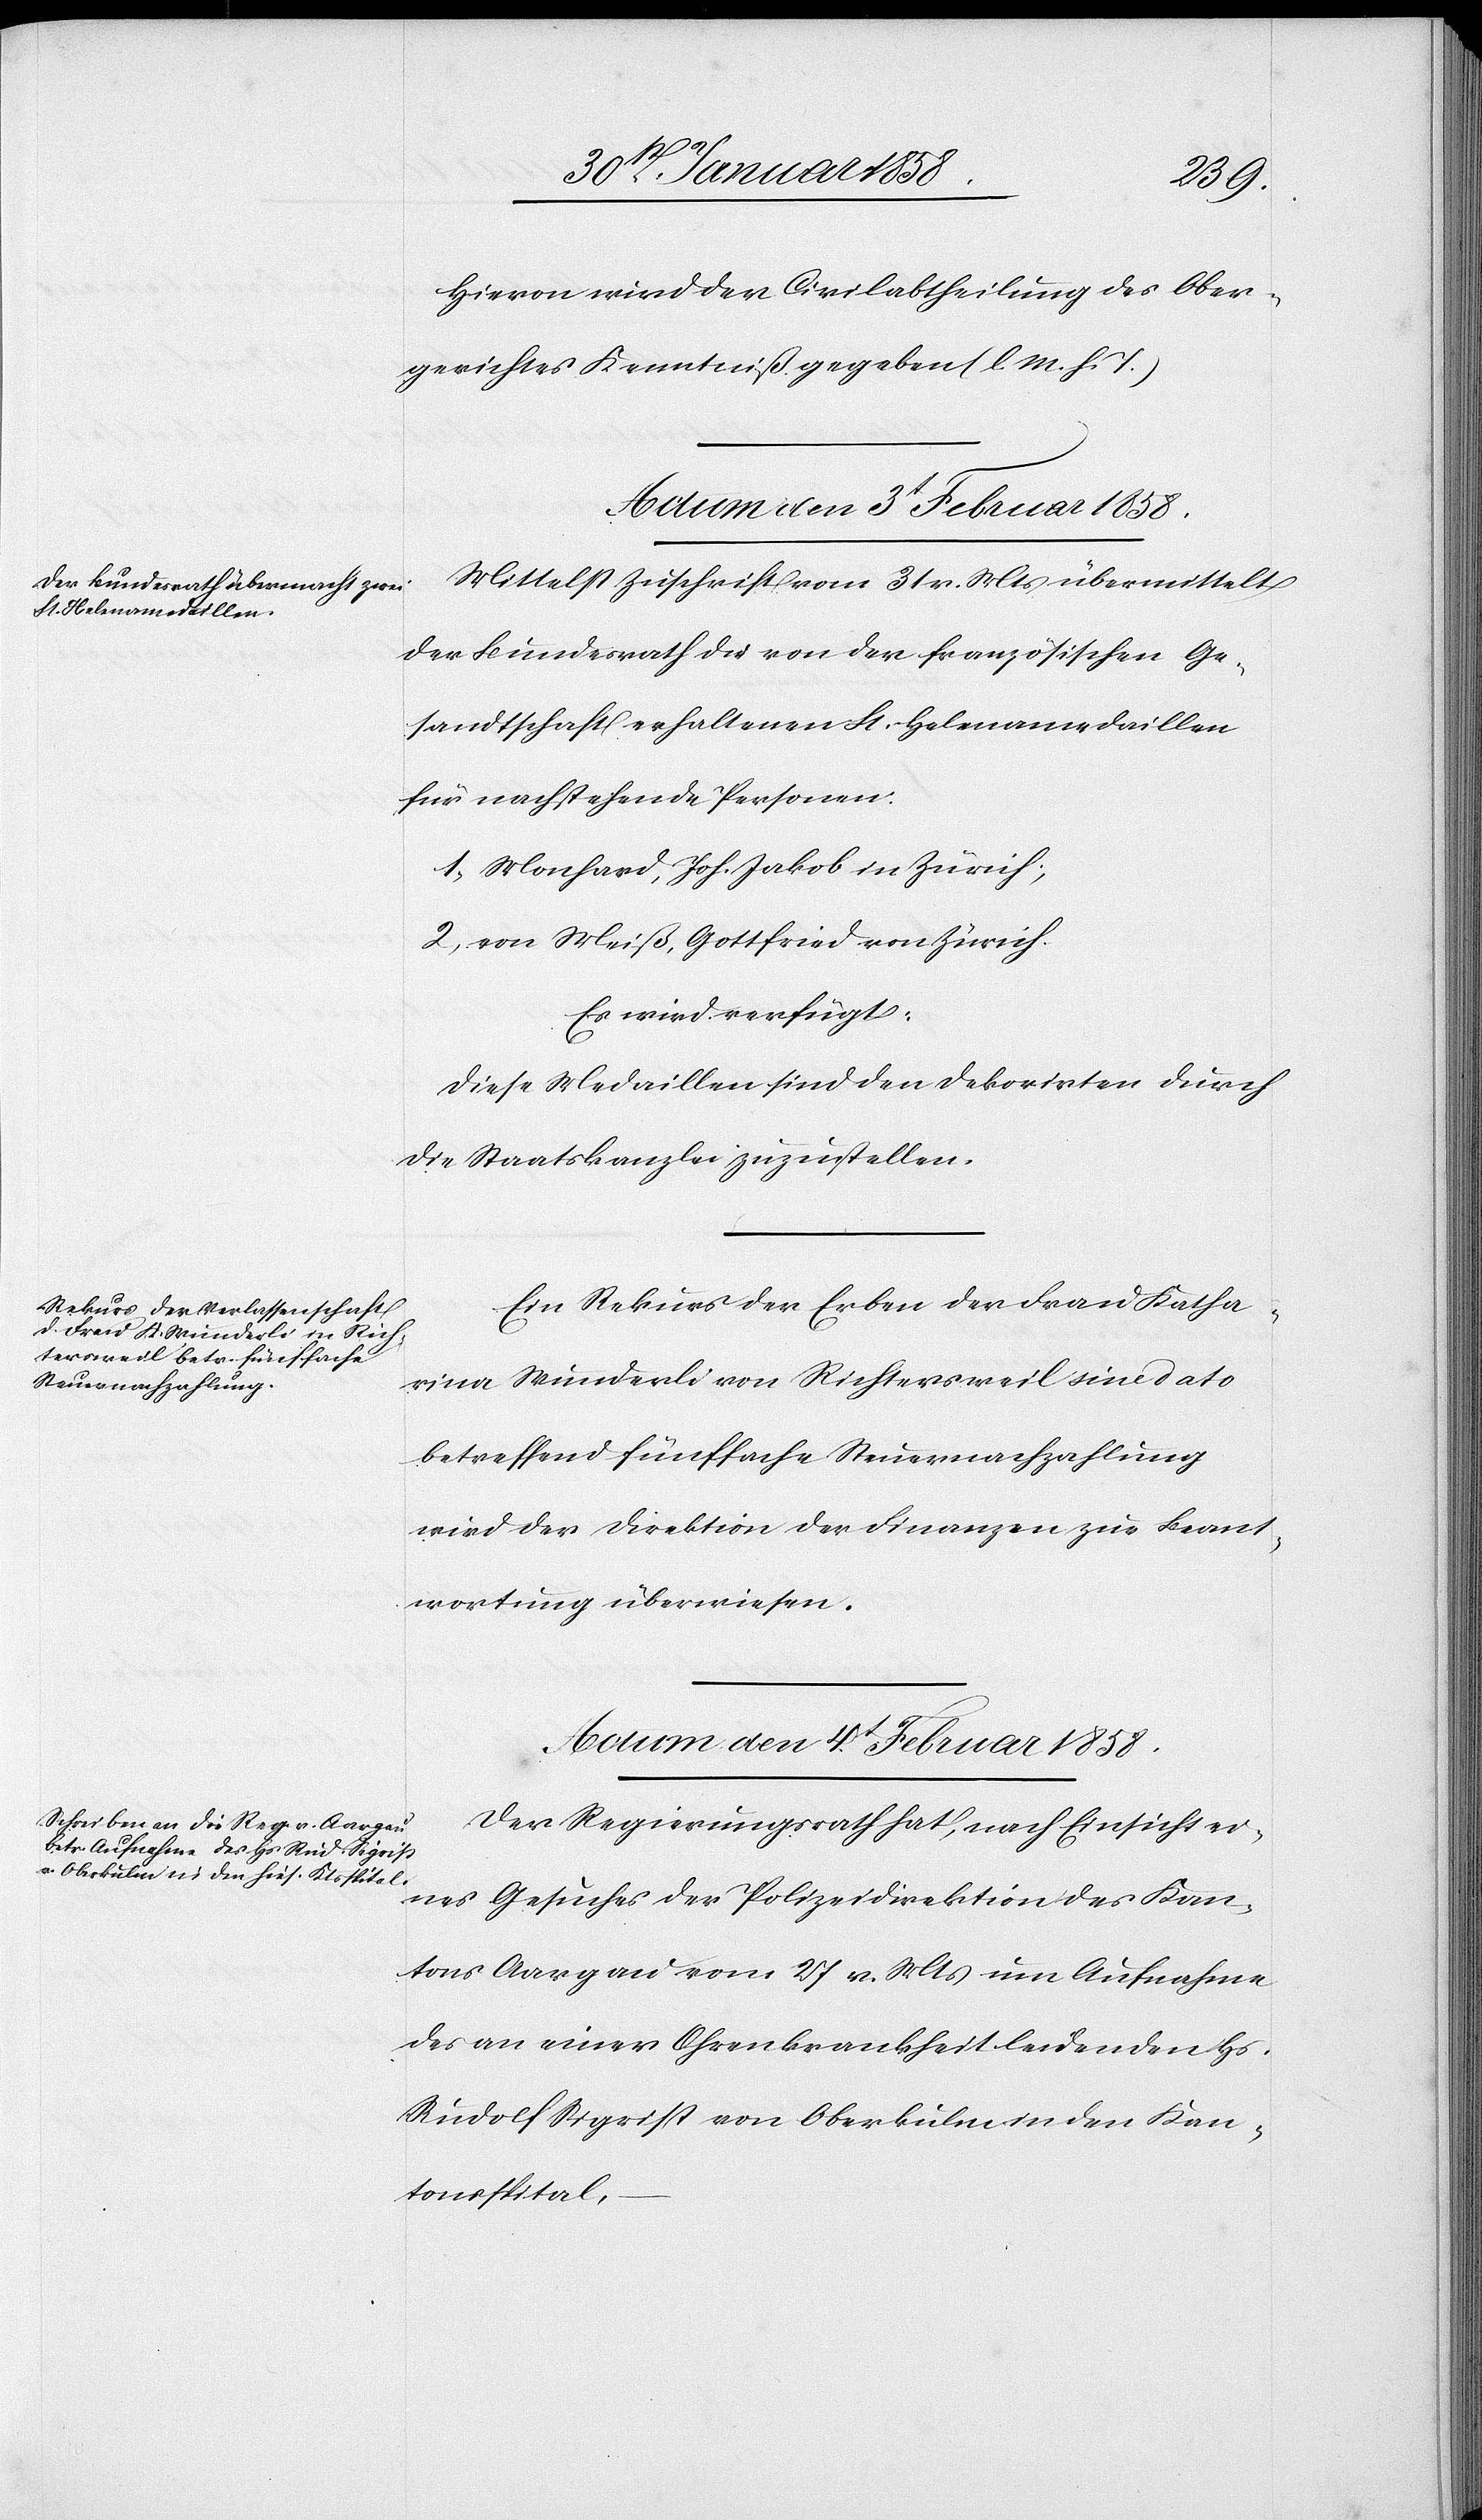
Hievon wird der Civilabtheilung des Ober¬
gerichtes Kenntniß gegeben (l. M. h. T.)
Actum den 3t Februar 1858.]
Mittelst Zuschrift vom 31 v. Mts übermittelt
der Bundesrath die von der französischen Ge¬
sandtschaft erhaltenen St.-Helenamedaillen
für nachstehende Personen:
1. Monhard, Joh. Jakob in Zürich,
2. von Meiß, Gottfried von Zürich.
Es wird verfügt:
Diese Medaillen sind den Dekorirten durch
die Staatskanzlei zuzustellen.
Ein Rekurs der Erben der Frau Katha¬
rina Wunderli von Richtersweil sine dato
betreffend fünffache Steuernachzahlung
wird der Direktion der Finanzen zur Beant¬
wortung überwiesen.
Actum den 4t Februar 1858.
Der Regierungsrath hat, nach Einsicht ei¬
nes Gesuches der Polizeidirektion des Kan¬
tons Aargau vom 27 v. Mts um Aufnahme
des an einer Ohrenkrankheit leidenden Hs.
Rudolf Sigrist von Oberkulm in den Kan¬
tonsspital,